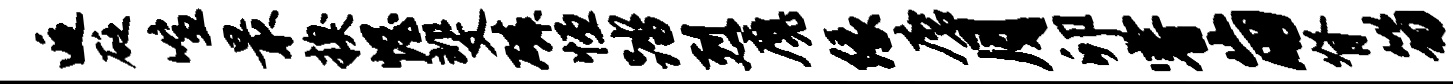
逅砭喧最糗幄斐磷恒踏烈魔缘磨月卯睿崩脊笏